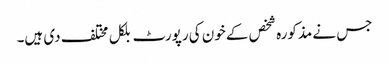
جس نے مذکورہ شخص کے خون کی رپورٹ بلکل مختلف دی ہیں۔